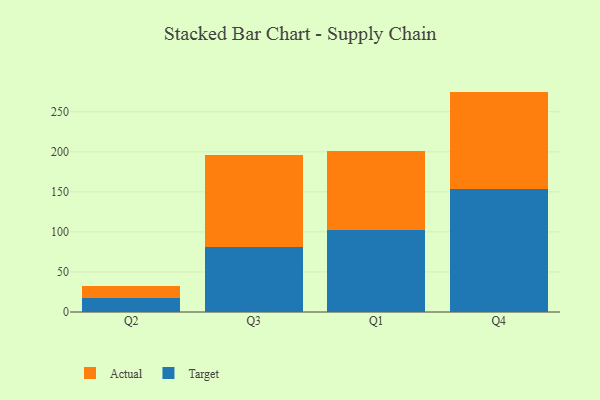
{"axis": {"x": "Quarter", "y": "Churn Rate (%)"}, "legend": ["Actual", "Target"], "data": [{"x": "Q2", "y": 18.1, "type": "Target"}, {"x": "Q2", "y": 14.0, "type": "Actual"}, {"x": "Q3", "y": 81.1, "type": "Target"}, {"x": "Q3", "y": 115.5, "type": "Actual"}, {"x": "Q1", "y": 102.4, "type": "Target"}, {"x": "Q1", "y": 98.8, "type": "Actual"}, {"x": "Q4", "y": 153.4, "type": "Target"}, {"x": "Q4", "y": 121.8, "type": "Actual"}]}